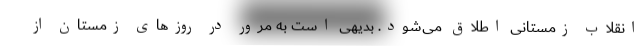
انقلاب زمستانی اطلاق می‌شود. بدیهی است به مرور در روزهای زمستان از